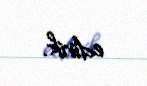
edirik.